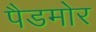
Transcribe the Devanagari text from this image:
पैडमोर